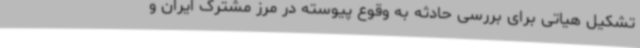
تشکیل هیاتی برای بررسی حادثه به‌ وقوع پیوسته در مرز مشترک ایران و